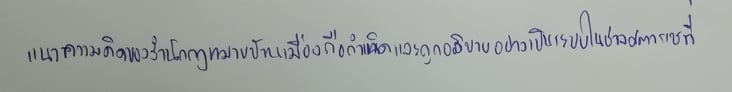
แนวความคิดของสำนักกฎหมายบ้านเมืองถือกำเนิดและถูกอธิบายอย่างเป็นระบบในช่วงศตวรรษที่